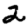
Digit: 2